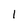
Character: l